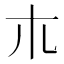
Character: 𣎳